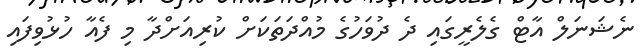
ނެޝަނަލް އާޓް ގެލެރީގައި ދެ ދުވަހުގެ މުއްދަތަކަށް ކުރިއަށްދާ މި ފެއާ ހުޅުވިފައި